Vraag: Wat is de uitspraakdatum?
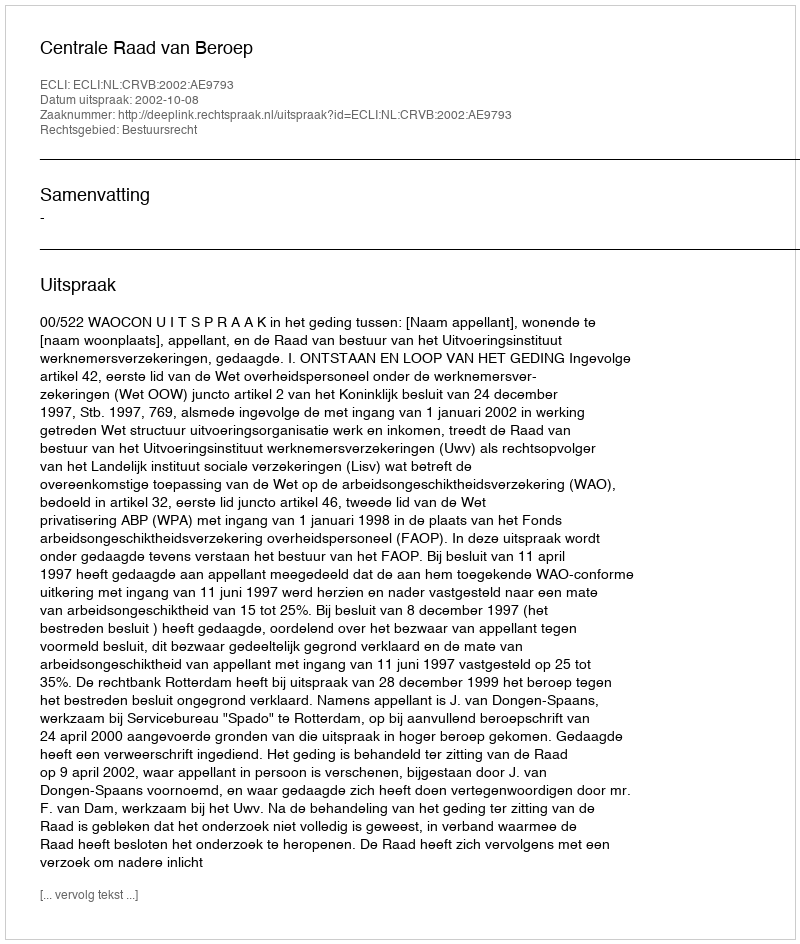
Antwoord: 2002-10-08